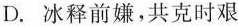
D.冰释前嫌，共克时艰